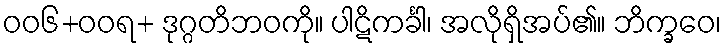
ဝဝ၆+ဝဝရ+ ဒုဂ္ဂတိဘဝကို။ ပါဋိကင်္ခါ၊ အလိုရှိအပ်၏။ ဘိက္ခဝေ၊